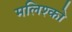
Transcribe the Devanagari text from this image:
मलिश्को